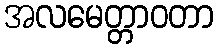
အလမေတ္တာဝတာ